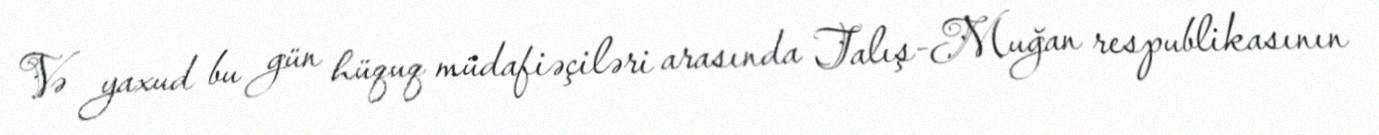
Və yaxud bu gün hüquq müdafiəçiləri arasında Talış-Muğan respublikasının